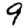
Digit: 9